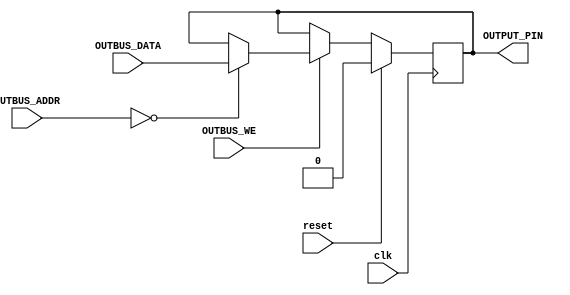
`timescale 1ns / 1ps

module outputPin
  #( parameter PIN_WIDTH = 1,
     parameter DEVADDR = 0 )
   ( clk, reset, OUTBUS_ADDR, OUTBUS_DATA, OUTBUS_WE, OUTPUT_PIN );

   input                      clk;
   input                      reset;
   input [7:0]                OUTBUS_ADDR;
   input [PIN_WIDTH-1:0]      OUTBUS_DATA;
   input                      OUTBUS_WE;
   output reg [PIN_WIDTH-1:0] OUTPUT_PIN;

   always @(posedge clk) begin
      if (reset) begin
         OUTPUT_PIN <= 0;
      end else begin
         if (OUTBUS_WE) begin
            if (OUTBUS_ADDR == DEVADDR) begin
               OUTPUT_PIN <= OUTBUS_DATA[PIN_WIDTH-1:0];
            end
         end
      end
   end

endmodule